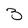
Character: 3